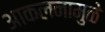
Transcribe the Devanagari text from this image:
आकलनामुळे